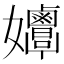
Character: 𡤲